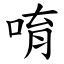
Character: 唷